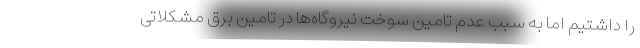
را داشتیم اما به سبب عدم تامین سوخت نیروگاه‌ها در تامین برق مشکلاتی